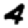
Digit: 4